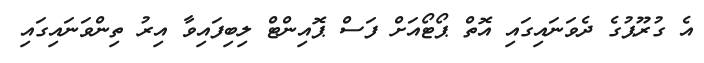
އެ ގުރޫޕުގެ ދެވަނައިގައި އޮތް ޕޯޓޯއަށް ފަސް ޕޮއިންޓް ލިބިފައިވާ އިރު ތިންވަނައިގައި